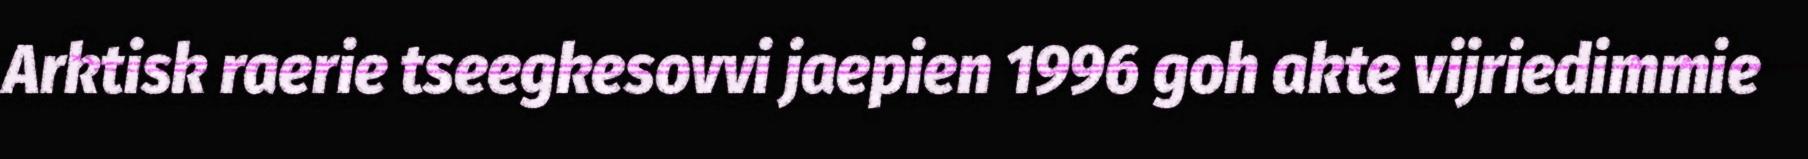
Arktisk raerie tseegkesovvi jaepien 1996 goh akte vijriedimmie